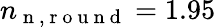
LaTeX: n_{\mathrm{~n~,~r~o~u~n~d~}}=1.95